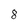
Character: 8